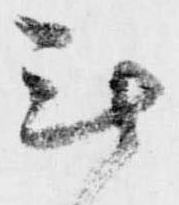
無